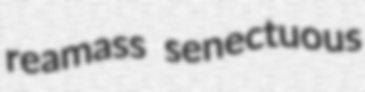
reamass senectuous